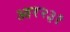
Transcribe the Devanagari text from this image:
आर२३१